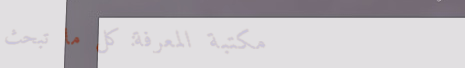
مكتبة المعرفة: كل ما تبحث